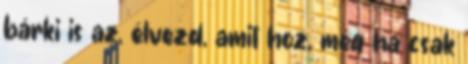
bárki is az, élvezd, amit hoz, még ha csak